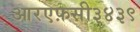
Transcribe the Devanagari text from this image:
आरएफ़सी३४३९